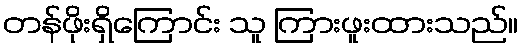
တန်ဖိုးရှိကြောင်း သူ ကြားဖူးထားသည်။